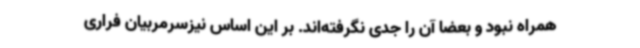
همراه نبود و بعضا آن را جدی نگرفته‌اند. بر این اساس نیزسرمربیان فراری